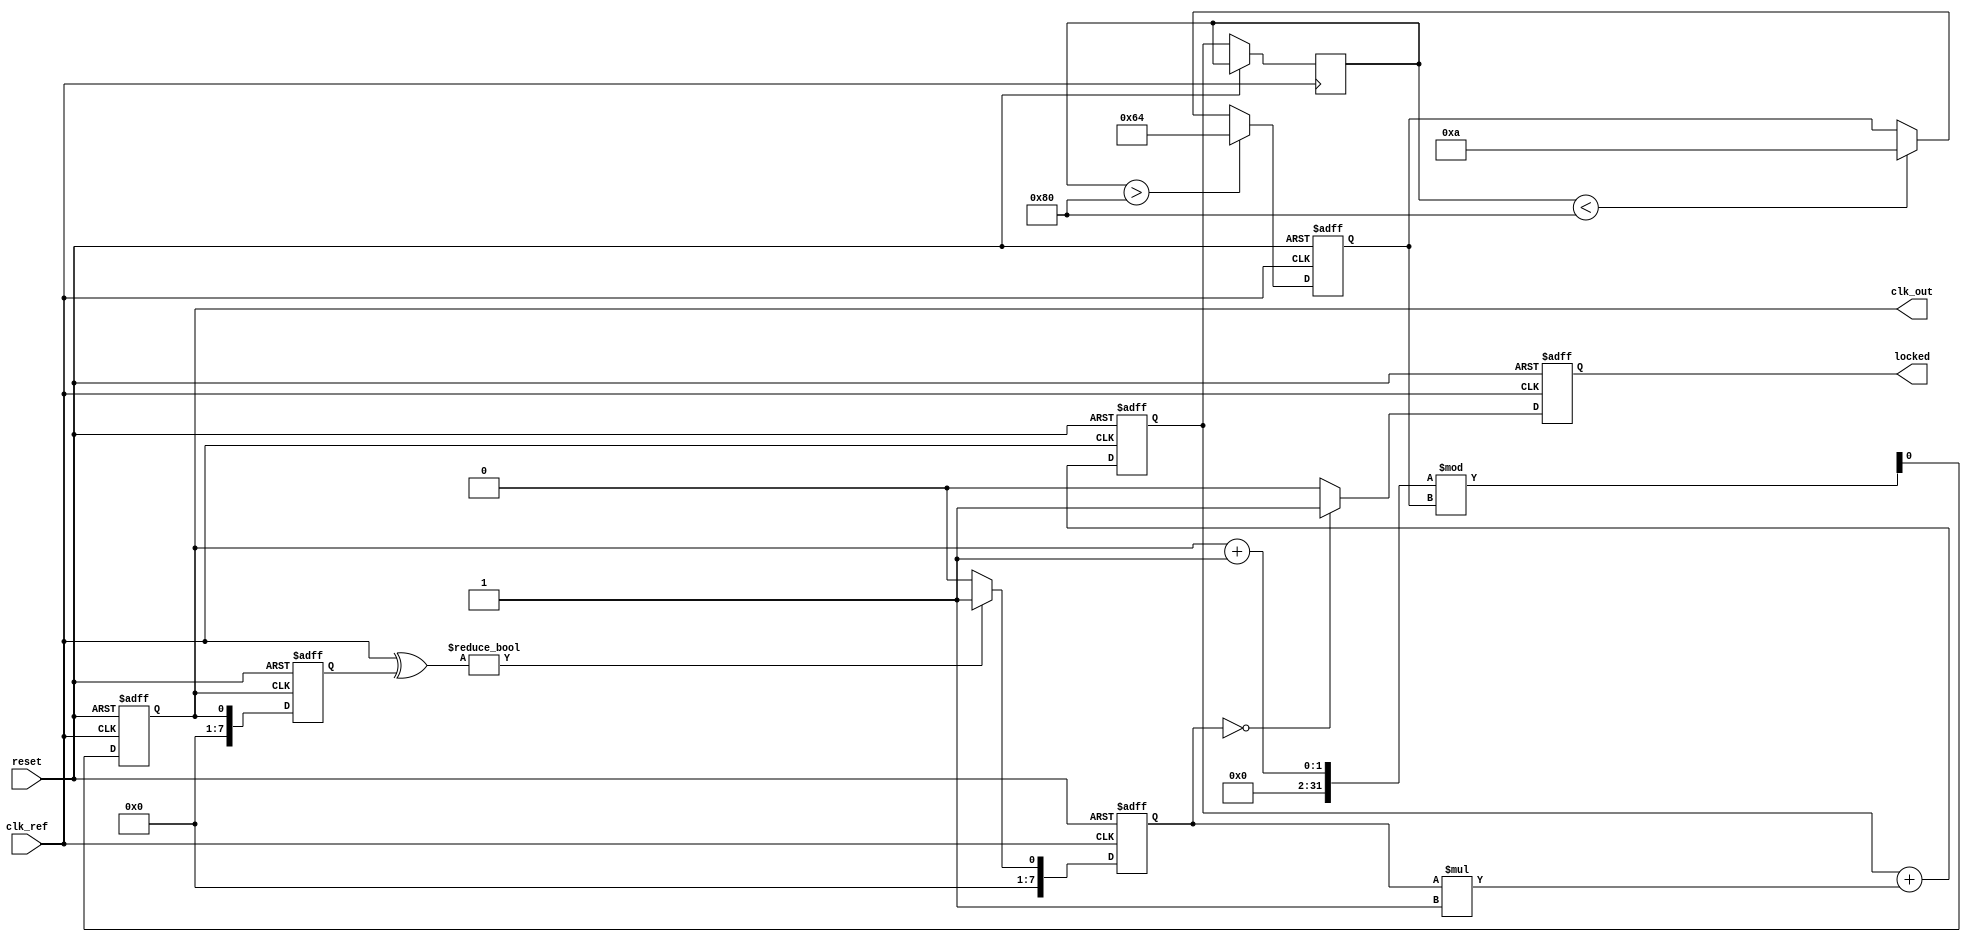
module dual_loop_pll (
    input wire clk_ref,          // Reference clock input
    input wire reset,            // Asynchronous reset
    output reg clk_out,          // Output clock
    output reg locked            // Lock status indicator
);

    // Parameters for the PLL
    parameter integer VCO_MAX_FREQ = 100; // Max frequency of VCO
    parameter integer VCO_MIN_FREQ = 10;   // Min frequency of VCO
    parameter integer LOOP_FILTER_GAIN = 1; // Gain for loop filter

    // Internal signals
    reg [7:0] phase_error;        // Phase error signal
    reg [7:0] control_voltage;     // Control voltage for VCO
    reg [7:0] vco_freq;            // Current frequency of VCO
    reg [7:0] feedback_clk;        // Feedback clock signal
    reg [7:0] loop_filter_output;  // Output of the loop filter

    // Phase Detector (PD)
    always @(posedge clk_ref or posedge reset) begin
        if (reset) begin
            phase_error <= 0;
        end else begin
            // Simple XOR phase detector for demonstration
            phase_error <= (clk_ref ^ feedback_clk) ? 1 : 0;
        end
    end

    // Loop Filter (Outer Loop)
    always @(posedge clk_ref or posedge reset) begin
        if (reset) begin
            loop_filter_output <= 0;
        end else begin
            // Simple first-order low-pass filter
            loop_filter_output <= loop_filter_output + (phase_error * LOOP_FILTER_GAIN);
            control_voltage <= loop_filter_output;
        end
    end

    // Voltage-Controlled Oscillator (VCO)
    always @(posedge clk_ref or posedge reset) begin
        if (reset) begin
            vco_freq <= VCO_MIN_FREQ;
            clk_out <= 0;
        end else begin
            // Adjust VCO frequency based on control voltage
            if (control_voltage > 128) begin
                vco_freq <= VCO_MAX_FREQ; // Max frequency
            end else if (control_voltage < 128) begin
                vco_freq <= VCO_MIN_FREQ; // Min frequency
            end
            
            // Generate output clock based on VCO frequency
            clk_out <= (clk_out + 1) % vco_freq; // Simple clock generation
        end
    end

    // Feedback Path
    always @(posedge clk_out or posedge reset) begin
        if (reset) begin
            feedback_clk <= 0;
        end else begin
            feedback_clk <= clk_out; // Feedback the output clock
        end
    end

    // Lock detection logic
    always @(posedge clk_ref or posedge reset) begin
        if (reset) begin
            locked <= 0;
        end else begin
            // Simple lock detection logic (for demonstration)
            if (phase_error == 0) begin
                locked <= 1; // Locked when phase error is zero
            end else begin
                locked <= 0;
            end
        end
    end

endmodule